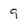
Character: 9